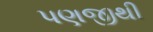
પણજીથી